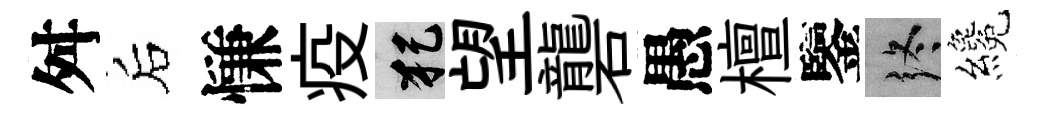
舛后慊疫犯望礱愚檀鑒终纔